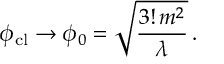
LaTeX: \phi _ { \mathrm { c l } } \to \phi _ { 0 } = \sqrt { { \frac { 3 ! \, m ^ { 2 } } { \lambda } } } \, .